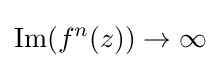
{\text{Im}}(f^{n}(z))\to \infty